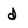
Character: d